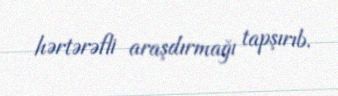
hərtərəfli araşdırmağı tapşırıb.